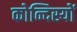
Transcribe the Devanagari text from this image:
कोन्दिस्यों